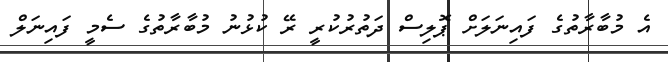
އެ މުބާރާތުގެ ފައިނަލަށް ޕޮލިސް ދަތުރުކުރީ ރޭ ކުޅުނު މުބާރާތުގެ ސެމީ ފައިނަލް